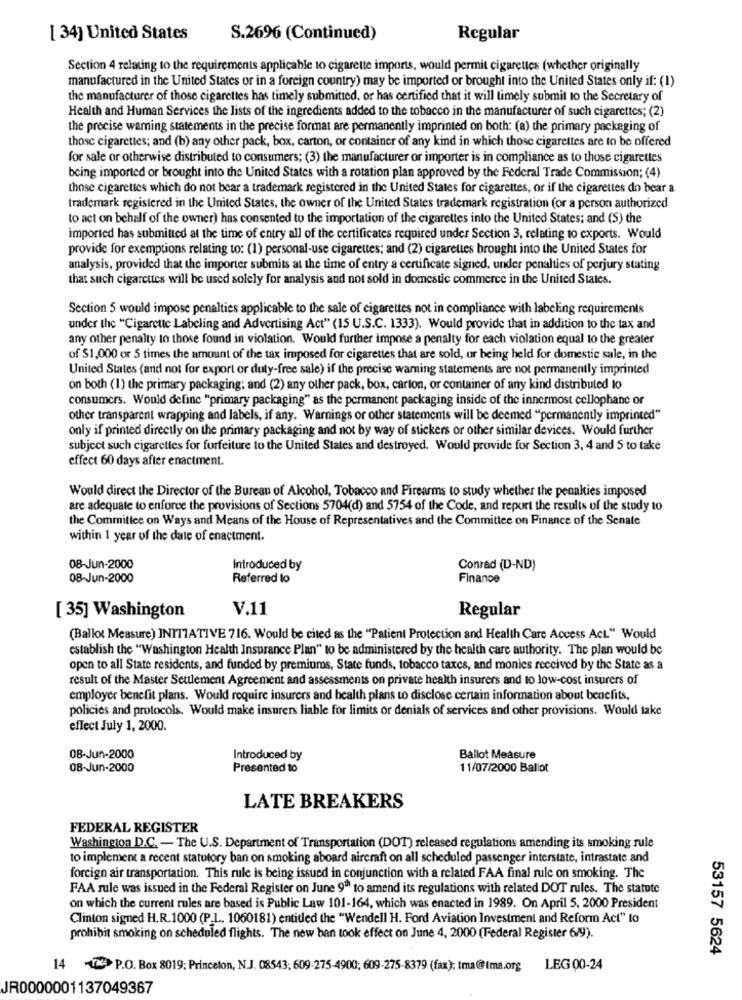
[ 34] United States
S.2696 (Continued)
Regular
Section 4 relating to the requirements applicable to cigarette imports, would permit cigarettes (whether originally
manufactured in the United States or in a foreign country) may be imported or brought into the United States only if: (1)
the manufacturer of those cigarettes has timely submitted, or has certified that it will timely submit to the Secretary of
Health and Human Services the lists of the ingredients added to the tobacco in the manufacturer of such cigarettes; (2)
the precise waring statements in the precise format are permanently imprinted on both: (a) the primary packaging of
those cigarettes; and (b) any other pack, box, carton, or container of any kind in which those cigarettes are to be offered
for sale or otherwise distributed to consumers; (3) the manufacturer or importer is in compliance as to those cigarettes
being imported or brought into the United States with a rotation plan approved by the Federal Trade Commission; (4)
those cigarettes which do not bear a trademark registered in the United States for cigarettes, or if the cigarettes do bear a
trademark registered in the United States, the owner of the United States trademark registration (or a person authorized
to act on behalf of the owner) has consented to the importation of the cigarettes into the United States: and (S) the
imported has submitted at the time of entry all of the certificates required under Section 3, relating to exports. Would
provide for exemptions relating to: (1) personal-use cigarettes; and (2) cigarettes brought into the United States for
analysis, provided that the importer submits at the time of entry a certificate signed, under penalties of perjury stating
that such cigarettes will be used solely for analysis and not sold in domestic commerce in the United States.
Section 5 would impose penalties applicable to the sale of cigarettes not in compliance with labeling requirements
under the "Cigarette Labeling and Advertising Act" (15 U.S.C. 1333). Would provide that in addition to the tax and
any other penalty to those found in violation. Would further impose a penalty for each violation equal to the greater
of $1,000 or 5 times the amount of the tax imposed for cigarettes that are sold, or being held for domestic sale, in the
United States (and not for export or duty-free sale) if the precise warning statements are not permanently imprinted
on both (1) the primary packaging; and (2) any other pack, box, carton, or container of any kind distributed lo
consumers. Would define "primary packaging" as the permanent packaging inside of the innermost cellophane or
other transparent wrapping and labels, if any. Warnings or other statements will be deemed "permanently imprinted"
only if printed directly on the primary packaging and not by way of stickers or other similar devices. Would further
subject such cigarettes for forfeiture to the United States and destroyed. Would provide for Section 3, 4 and 5 to take
effect 60 days after enactment.
Would direct the Director of the Bureau of Alcohol, Tobacco and Firearms to study whether the penalties imposed
are adequate to enforce the provisions of Sections 5704(d) and 5754 of the Code, and report the results of the study to
the Committee on Ways and Means of the House of Representatives and the Committee on Finance of the Senate
within 1 year of the date of enactment.
08-Jun-2000
Introduced by
Conrad (D-ND)
08-Jun-2000
Referred to
Finance
V.11
Regular
[ 35] Washington
(Ballot Measure) INITIATIVE 716. Would be cited as the "Patient Protection and Health Care Access Act" Would
establish the "Washington Health Insurance Plan" to be administered by the health care authority. The plan would be
open to all State residents, and funded by premiums, State funds, tobacco taxes, and monies received by the State as a
result of the Master Settlement Agreement and assessments on private health insurers and to low-cost insurers of
employer benefit plans. Would require insurers and health plans to disclose certain information about benefits,
policies and protocols. Would make insurers liable for limits or denials of services and other provisions. Would take
effect July 1, 2000.
08-Jun-2000
Introduced by
Ballot Measure
08-Jun-2000
Presented to
11/07/2000 Ballot
LATE BREAKERS
FEDERAL REGISTER
Washington D.C. - The U.S. Department of Transportation (DOT) released regulations amending its smoking rule
to implement a recent statutory ban on smoking aboard aircraft on all scheduled passenger interstate, intrastate and
foreign air transportation. This rule is being issued in conjunction with a related FAA final rule on smoking. The
FAA rule was issued in the Federal Register on June 9"" to amend its regulations with related DOT rules. The statute
on which the current rules are based is Public Law 101-164, which was enacted in 1989. On April 5. 2000 President
Clinton signed H.R.1000 (P.L. 1060181) entitled the "Wendell H. Ford Aviation Investment and Reform Act" to
prohibit smoking on scheduled flights. The new ban took effect on June 4, 2000 (Federal Register 6/9).
53157 5624
14 -17 P.O. Box 8019; Princeton, N.J. 08543; 609-275-4900; 609-275-8379 (fax); tma@Ima.org
LEG 00-24
JR0000001137049367